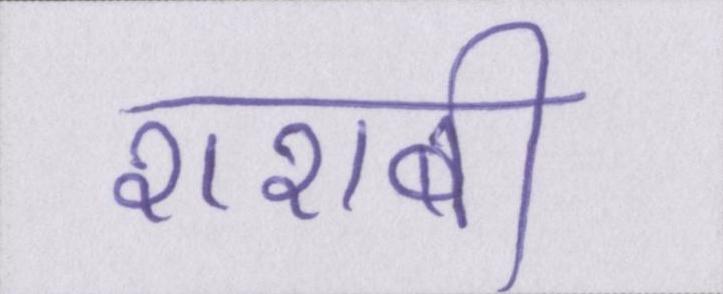
शराबी